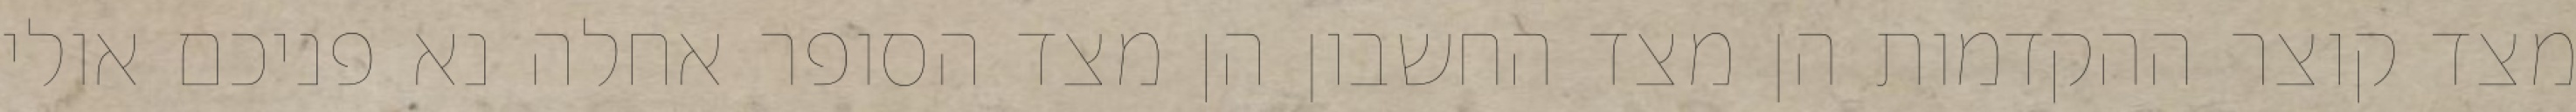
מצד קוצר ההקדמות הן מצד החשבון הן מצד הסופר אחלה נא פניכם אולי